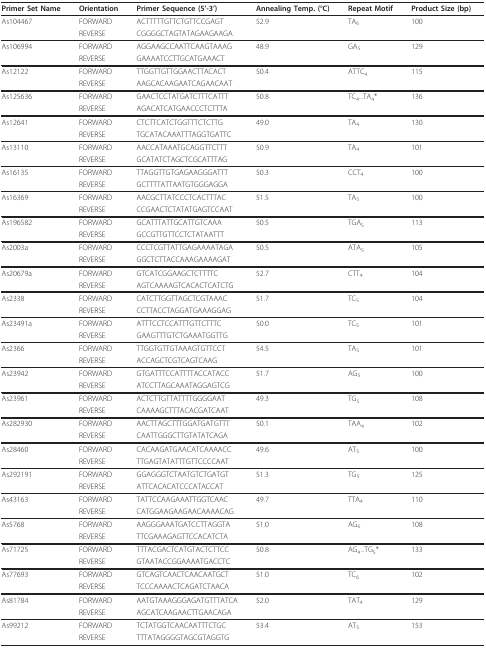
<table><thead><tr><td><b>Primer Set Name</b></td><td><b>Orientation</b></td><td><b>Primer Sequence (5&#x27;-3&#x27;)</b></td><td><b>Annealing Temp. (°C)</b></td><td><b>Repeat Motif</b></td><td><b>Product Size (bp)</b></td></tr></thead><tbody><tr><td>As104467</td><td>FORWARD</td><td>ACTTTTTGTTCTGTTCCGAGT</td><td>52.9</td><td>TA<sub>6</sub></td><td>100</td></tr><tr><td></td><td>REVERSE</td><td>CGGGGCTAGTATAGAAGAAGA</td><td></td><td></td><td></td></tr><tr><td>As106994</td><td>FORWARD</td><td>AGGAAGCCAATTCAAGTAAAG</td><td>48.9</td><td>GA<sub>5</sub></td><td>129</td></tr><tr><td></td><td>REVERSE</td><td>GAAAATCCTTGCATGAAACT</td><td></td><td></td><td></td></tr><tr><td>As12122</td><td>FORWARD</td><td>TTGGTTGTTGGAACTTACACT</td><td>50.4</td><td>ATTC<sub>4</sub></td><td>115</td></tr><tr><td></td><td>REVERSE</td><td>AAGCACAAGAATCAGAACAAT</td><td></td><td></td><td></td></tr><tr><td>As125636</td><td>FORWARD</td><td>GAACTCCTATGATCTTTCATTT</td><td>50.8</td><td>TC<sub>4</sub>...TA<sub>4</sub>*</td><td>136</td></tr><tr><td></td><td>REVERSE</td><td>AGACATCATGAACCCTCTTTA</td><td></td><td></td><td></td></tr><tr><td>As12641</td><td>FORWARD</td><td>CTCTTCATCTGGTTTCTCTTG</td><td>49.0</td><td>TA<sub>4</sub></td><td>130</td></tr><tr><td></td><td>REVERSE</td><td>TGCATACAAATTTAGGTGATTC</td><td></td><td></td><td></td></tr><tr><td>As13110</td><td>FORWARD</td><td>AACCATAAATGCAGGTTCTTT</td><td>50.9</td><td>TA<sub>4</sub></td><td>101</td></tr><tr><td></td><td>REVERSE</td><td>GCATATCTAGCTCGCATTTAG</td><td></td><td></td><td></td></tr><tr><td>As16135</td><td>FORWARD</td><td>TTAGGTTGTGAGAAGGGATTT</td><td>50.3</td><td>CCT<sub>4</sub></td><td>100</td></tr><tr><td></td><td>REVERSE</td><td>GCTTTTATTAATGTGGGAGGA</td><td></td><td></td><td></td></tr><tr><td>As16369</td><td>FORWARD</td><td>AACGCTTATCCCTCACTTTAC</td><td>51.5</td><td>TA<sub>5</sub></td><td>100</td></tr><tr><td></td><td>REVERSE</td><td>CCGAACTCTATATGAGTCCAAT</td><td></td><td></td><td></td></tr><tr><td>As196582</td><td>FORWARD</td><td>GCATTTATTGCATTGTCAAA</td><td>50.5</td><td>TGA<sub>5</sub></td><td>113</td></tr><tr><td></td><td>REVERSE</td><td>GCCGTTGTTCCTCTATAATTT</td><td></td><td></td><td></td></tr><tr><td>As2003a</td><td>FORWARD</td><td>CCCTCGTTATTGAGAAAATAGA</td><td>50.5</td><td>ATA<sub>5</sub></td><td>105</td></tr><tr><td></td><td>REVERSE</td><td>GGCTCTTACCAAAGAAAAGAT</td><td></td><td></td><td></td></tr><tr><td>As20679a</td><td>FORWARD</td><td>GTCATCGGAAGCTCTTTTC</td><td>52.7</td><td>CTT<sub>4</sub></td><td>104</td></tr><tr><td></td><td>REVERSE</td><td>AGTCAAAAGTCACACTCATCTG</td><td></td><td></td><td></td></tr><tr><td>As2338</td><td>FORWARD</td><td>CATCTTGGTTAGCTCGTAAAC</td><td>51.7</td><td>TC<sub>5</sub></td><td>104</td></tr><tr><td></td><td>REVERSE</td><td>CCTTACCTAGGATGAAAGGAG</td><td></td><td></td><td></td></tr><tr><td>As23491a</td><td>FORWARD</td><td>ATTTCCTCCATTTGTTCTTTC</td><td>50.0</td><td>TC<sub>5</sub></td><td>101</td></tr><tr><td></td><td>REVERSE</td><td>GAAGTTTGTCTGAAATGGTTG</td><td></td><td></td><td></td></tr><tr><td>As2366</td><td>FORWARD</td><td>TTGGTGTTGTAAAGTGTTCCT</td><td>54.5</td><td>TA<sub>5</sub></td><td>101</td></tr><tr><td></td><td>REVERSE</td><td>ACCAGCTCGTCAGTCAAG</td><td></td><td></td><td></td></tr><tr><td>As23942</td><td>FORWARD</td><td>GTGATTTCCATTTTACCATACC</td><td>51.7</td><td>AG<sub>5</sub></td><td>100</td></tr><tr><td></td><td>REVERSE</td><td>ATCCTTAGCAAATAGGAGTCG</td><td></td><td></td><td></td></tr><tr><td>As23961</td><td>FORWARD</td><td>ACTCTTGTTATTTTGGGGAAT</td><td>49.3</td><td>TG<sub>5</sub></td><td>108</td></tr><tr><td></td><td>REVERSE</td><td>CAAAAGCTTTACACGATCAAT</td><td></td><td></td><td></td></tr><tr><td>As282930</td><td>FORWARD</td><td>AACTTAGCTTTGGATGATGTTT</td><td>50.1</td><td>TAA<sub>4</sub></td><td>102</td></tr><tr><td></td><td>REVERSE</td><td>CAATTGGGCTTGTATATCAGA</td><td></td><td></td><td></td></tr><tr><td>As28460</td><td>FORWARD</td><td>CACAAGATGAACATCAAAACC</td><td>49.6</td><td>AT<sub>5</sub></td><td>100</td></tr><tr><td></td><td>REVERSE</td><td>TTGAGTATATTTGTTCCCCAAT</td><td></td><td></td><td></td></tr><tr><td>As292191</td><td>FORWARD</td><td>GGAGGGTCTAATGTCTGATGT</td><td>51.3</td><td>TG<sub>5</sub></td><td>125</td></tr><tr><td></td><td>REVERSE</td><td>ATTCACACATCCCATACCAT</td><td></td><td></td><td></td></tr><tr><td>As43163</td><td>FORWARD</td><td>TATTCCAAGAAATTGGTCAAC</td><td>49.7</td><td>TTA<sub>4</sub></td><td>110</td></tr><tr><td></td><td>REVERSE</td><td>CATGGAAGAAGAACAAAACAG</td><td></td><td></td><td></td></tr><tr><td>As5768</td><td>FORWARD</td><td>AAGGGAAATGATCCTTAGGTA</td><td>51.0</td><td>AG<sub>6</sub></td><td>108</td></tr><tr><td></td><td>REVERSE</td><td>TTCGAAAGAGTTCCACATCTA</td><td></td><td></td><td></td></tr><tr><td>As71725</td><td>FORWARD</td><td>TTTACGACTCATGTACTCTTCC</td><td>50.8</td><td>AG<sub>4</sub>...TG<sub>5</sub>*</td><td>133</td></tr><tr><td></td><td>REVERSE</td><td>GTAATACCGGAAAATGACCTC</td><td></td><td></td><td></td></tr><tr><td>As77693</td><td>FORWARD</td><td>GTCAGTCAACTCAACAATGCT</td><td>51.0</td><td>TC<sub>6</sub></td><td>102</td></tr><tr><td></td><td>REVERSE</td><td>TCCCAAAACTCAGATCTAACA</td><td></td><td></td><td></td></tr><tr><td>As81784</td><td>FORWARD</td><td>AATGTAAAGGGAGATGTTTATCA</td><td>52.0</td><td>TAT<sub>4</sub></td><td>129</td></tr><tr><td></td><td>REVERSE</td><td>AGCATCAAGAACTTGAACAGA</td><td></td><td></td><td></td></tr><tr><td>As99212</td><td>FORWARD</td><td>TCTATGGTCAACAATTTCTGC</td><td>53.4</td><td>AT<sub>5</sub></td><td>153</td></tr><tr><td></td><td>REVERSE</td><td>TTTATAGGGGTAGCGTAGGTG</td><td></td><td></td><td></td></tr></tbody></table>